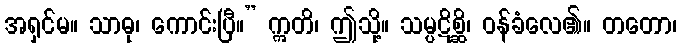
အရှင်မ။ သာဓု၊ ကောင်းပြီ။” ဣတိ၊ ဤသို့။ သမ္ပဋိစ္ဆိ၊ ဝန်ခံလေ၏။ တတော၊